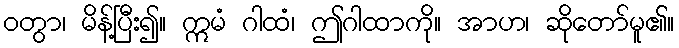
ဝတွာ၊ မိန့်ပြီး၍။ ဣမံ ဂါထံ၊ ဤဂါထာကို။ အာဟ၊ ဆိုတော်မူ၏။